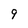
Character: 9